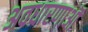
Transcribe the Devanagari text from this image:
अवधारणाऒं